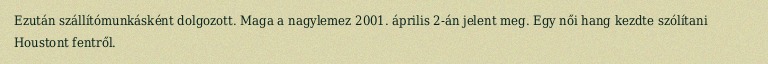
Ezután szállítómunkásként dolgozott. Maga a nagylemez 2001. április 2-án jelent meg. Egy női hang kezdte szólítani Houstont fentről.